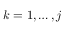
k = 1 , \dotsc , j